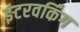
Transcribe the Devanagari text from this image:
इंटरवर्किंग